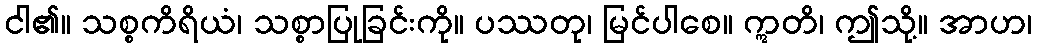
ငါ၏။ သစ္စကိရိယံ၊ သစ္စာပြုခြင်းကို။ ပဿတု၊ မြင်ပါစေ။ ဣတိ၊ ဤသို့။ အာဟ၊